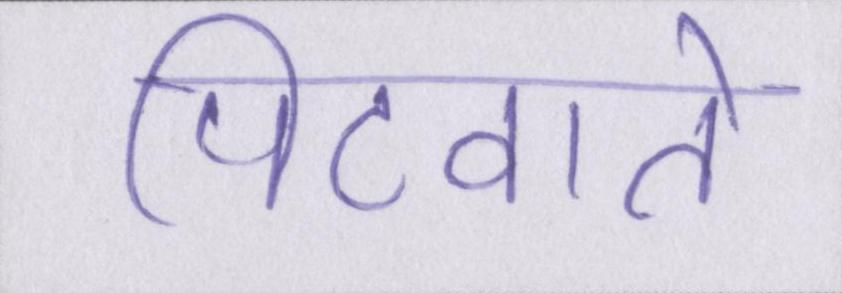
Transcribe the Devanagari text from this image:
पिटवाते